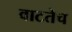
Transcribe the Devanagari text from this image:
वाटतेच